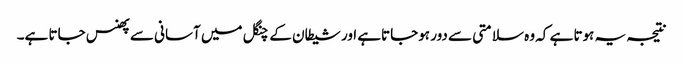
نتیجہ یہ ہوتا ہے کہ وہ سلامتی سے دور ہوجاتاہے اور شیطان کے چنگل میں آسانی سے پھنس جاتا ہے۔